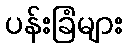
ပန်းခြံများ